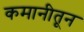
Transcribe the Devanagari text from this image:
कमानीतून